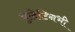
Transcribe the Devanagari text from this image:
बुलेटिनभी